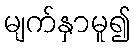
မျက်နှာမူ၍